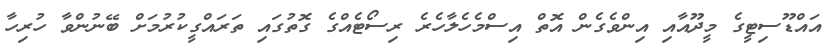
އައްޑޫސިޓީގެ މީދޫއާއި އިންވެގެން އޮތް އިސްމެހެލާހެރެ ރިސޯޓެއްގެ ގޮތުގައި ތަރައްގީކުރުމަށް ބޭނުންވާ ހުރިހާ